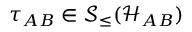
\tau _ { A B } \in \mathcal { S } _ { \leq } ( \mathcal { H } _ { A B } )